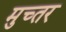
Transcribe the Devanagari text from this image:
मुच्तर